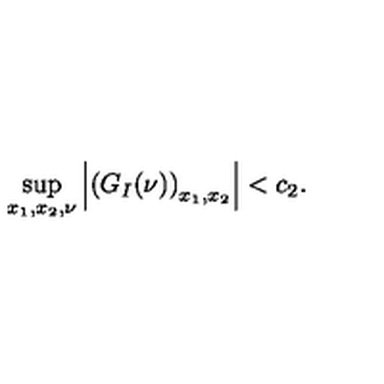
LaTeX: \sup _ { x _ { 1 } , x _ { 2 } , \nu } \left| \left( G _ { I } ( \nu ) \right) _ { x _ { 1 } , x _ { 2 } } \right| < c _ { 2 } .